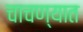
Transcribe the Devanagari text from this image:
चाचण्यात